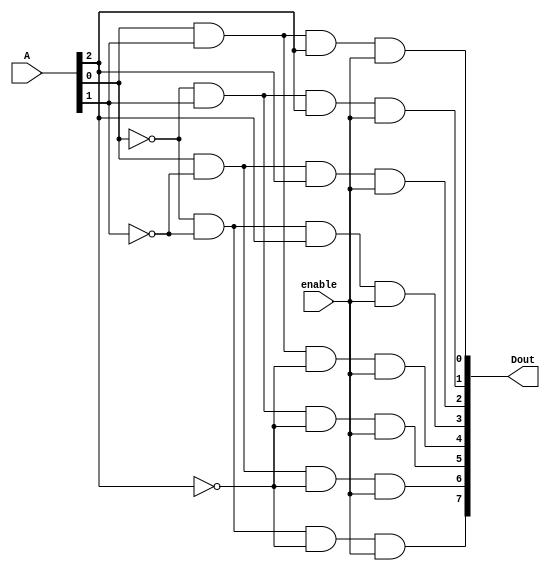
module Lab2_decoder_3x8 (
	output [7:0] Dout, 
	input [2:0] A, 
	input enable
);

	assign 	Dout[0]=A[0]&&A[1]&&A[2]&&enable,
		Dout[1]=(!A[0])&&A[1]&&A[2]&&enable,
		Dout[2]=A[0]&&(!A[1])&&A[2]&&enable,
		Dout[3]=(!A[0])&&(!A[1])&&A[2]&&enable,
		Dout[4]=A[0]&&A[1]&&(!A[2])&&enable,
		Dout[5]=(!A[0])&&A[1]&&(!A[2])&&enable,
		Dout[6]=A[0]&&(!A[1])&&(!A[2])&&enable,
		Dout[7]=(!A[0])&&(!A[1])&&(!A[2])&&enable;

endmodule